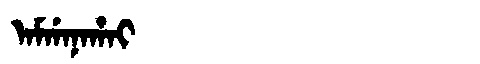
Manchu: ᠠᠮᡤᠠᠨᠠᡥᠠᡳ
Romanization: AMGANAHAI